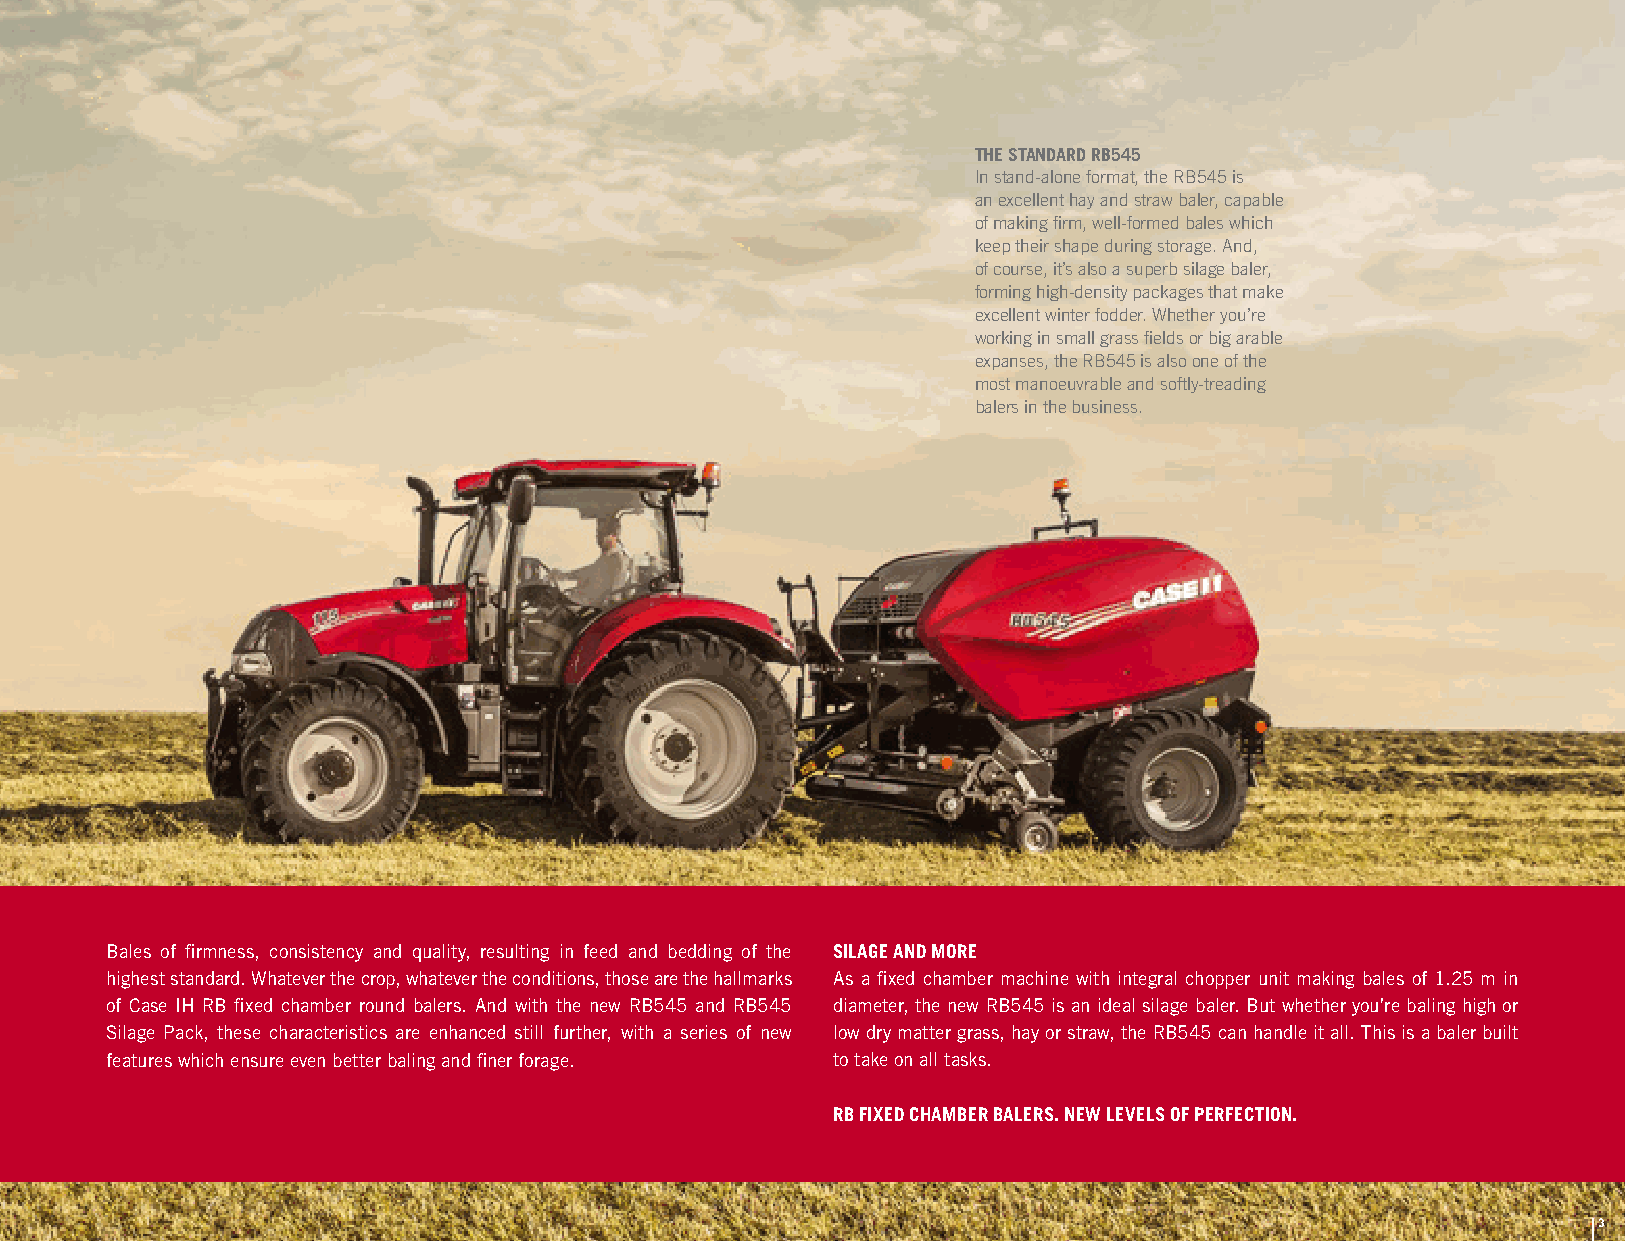
THE STANDARD RB545
 In stand-alone format, the RB545 is
 an excellent hay and straw baler, capable
 of making firm, well-formed bales which
 keep their shape during storage. And,
 of course, it’s also a superb silage baler,
 forming high-density packages that make
 excellent winter fodder. Whether you’re
 working in small grass fields or big arable
 expanses, the RB545 is also one of the
 most manoeuvrable and softly-treading
 balers in the business.
 Bales of firmness, consistency and quality, resulting in feed and bedding of the SILAGE AND MORE
 highest standard. Whatever the crop, whatever the conditions, those are the hallmarks As a fixed chamber machine with integral chopper unit making bales of 1.25 m in
 of Case IH RB fixed chamber round balers. And with the new RB545 and RB545 diameter, the new RB545 is an ideal silage baler. But whether you’re baling high or
 Silage Pack, these characteristics are enhanced still further, with a series of new low dry matter grass, hay or straw, the RB545 can handle it all. This is a baler built
 features which ensure even better baling and finer forage. to take on all tasks.
 RB FIXED CHAMBER BALERS. NEW LEVELS OF PERFECTION.
 3